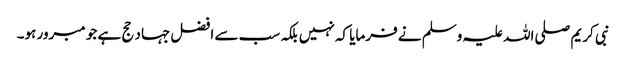
نبی کریم صلی اللہ علیہ وسلم نے فرمایا کہ نہیں بلکہ سب سے افضل جہاد حج ہے جو مبرور ہو۔